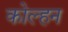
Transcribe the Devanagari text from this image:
कोल्हन